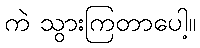
ကဲ သွားကြတာပေါ့။